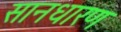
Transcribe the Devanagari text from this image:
सानधारण